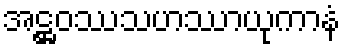
အဋ္ဌဝဿသဟဿာယုကာနံ